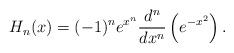
LaTeX: \begin{align*} H_n(x) = (-1)^n e^{x^n} \frac{d^n}{dx^n} \left( e^{-x^2} \right).\end{align*}